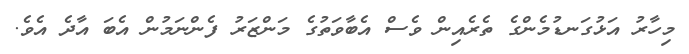
މިހާރު އަޅުގަނޑުމެންގެ ތެރެއިން ވެސް އެބާވަތުގެ މަންޒަރު ފެންނަމުން އެބަ އާދެ އެވެ.